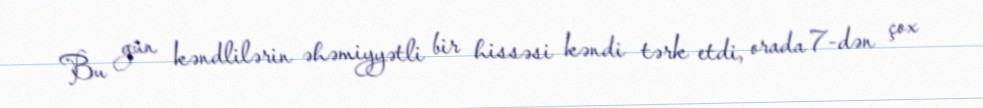
Bu gün kəndlilərin əhəmiyyətli bir hissəsi kəndi tərk etdi, orada 7-dən çox